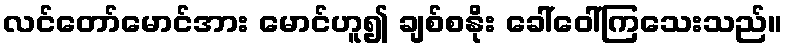
လင်တော်မောင်အား မောင်ဟူ၍ ချစ်စနိုး ခေါ်ဝေါ်ကြသေးသည်။